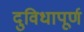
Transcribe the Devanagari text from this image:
दुविधापूर्ण